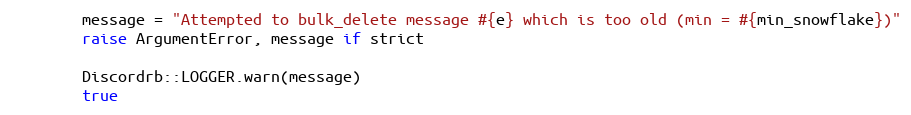
Language: Ruby
        message = "Attempted to bulk_delete message #{e} which is too old (min = #{min_snowflake})"
        raise ArgumentError, message if strict

        Discordrb::LOGGER.warn(message)
        true